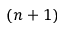
( n + 1 )